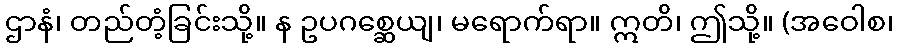
ဌာနံ၊ တည်တံ့ခြင်းသို့။ န ဥပဂစ္ဆေယျ၊ မရောက်ရာ။ ဣတိ၊ ဤသို့။ (အဝေါစ၊